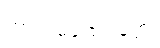
ကာလမထေရ်ဝတ္ထု